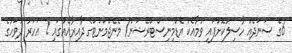
6ގެ ސަނަދެއް ހާސިލުކޮށްފައި ވުމާއެކު އެޑްމިނިސްޓްރޭޝަން/ މެނޭޖްމަންޓްގެ ދާއިރާއެއްގައި 2 އަހަރު ދުވަހުގެ